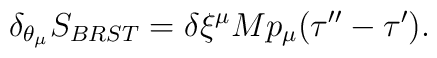
\delta_{\theta_\mu} {S_{BRST}}=\delta\xi^\mu M p_\mu (\tau''-\tau').